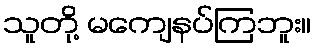
သူတို့ မကျေနပ်ကြဘူး။